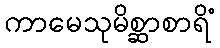
ကာမေသုမိစ္ဆာစာရိံ